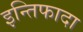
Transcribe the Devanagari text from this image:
इन्तिफादा